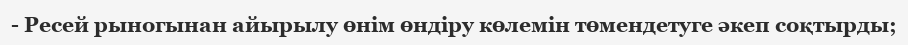
- Ресей рыногынан айырылу өнім өндіру көлемін төмендетуге әкеп соқтырды;